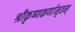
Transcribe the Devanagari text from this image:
श्रीकृष्णकर्णामृतम्